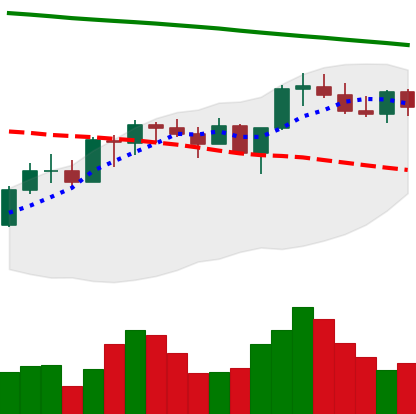
Ticker: XMR-USD
Chart end date: 2022-08-02
Forward return: 5.151%
Label: up_5_7